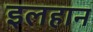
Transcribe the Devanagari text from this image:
इलहान